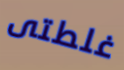
غلطتى